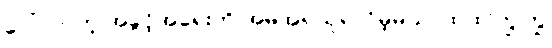
ပေါ်လာတဲ့ အခွင့်အရေးကို အမိအရယူရလိမ့်မယ်၊ ထထကြွကြွ